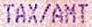
TAX/AMT